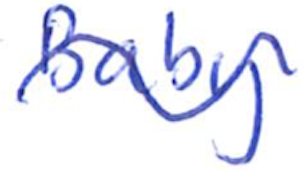
Text: Baby
Cross-out: mix
Writing tool: ballpoint